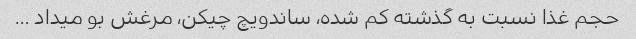
حجم غذا نسبت به گذشته کم شده، ساندویچ چیکن، مرغش بو میداد …